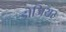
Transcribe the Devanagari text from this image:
डोजियर